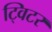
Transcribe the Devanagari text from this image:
ट्विटर